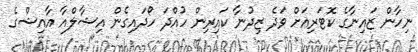
ނިހާން ޒައިނާގެ ކޮޓަރިއަށް ވަދެ ޒިދުނާ ކައިރިން ހުއްދަ ހޯދައިގެން އިޝާލްއާ އާއިޝްގެ